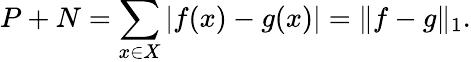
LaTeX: P+N=\sum_{x\in X}|f(x)-g(x)|=\| f-g\| _{1}.